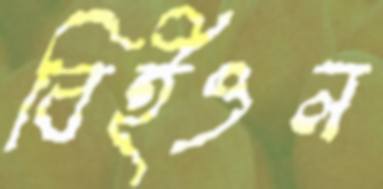
বিইওল